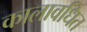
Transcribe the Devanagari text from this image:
कालावधित